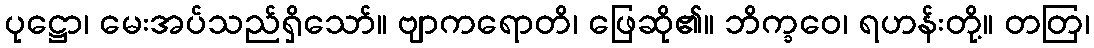
ပုဋ္ဌော၊ မေးအပ်သည်ရှိသော်။ ဗျာကရောတိ၊ ဖြေဆို၏။ ဘိက္ခဝေ၊ ရဟန်းတို့။ တတြ၊